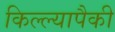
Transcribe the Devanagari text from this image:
किल्ल्यापैकी